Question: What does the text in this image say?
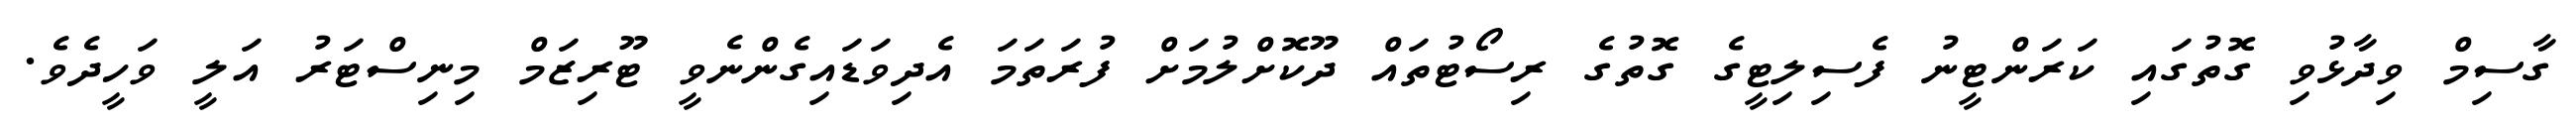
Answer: ގާސިމް ވިދާޅުވި ގޮތުގައި ކަރަންޓީނު ފެސިލިޓީގެ ގޮތުގެ ރިސޯޓުތައް ދޫކޮށްލުމަށް ފުރަތަމަ އެދިވަޑައިގެންނެވީ ޓޫރިޒަމް މިނިސްޓަރު އަލީ ވަހީދެވެ.